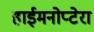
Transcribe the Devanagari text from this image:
हाईमनोप्टेरा